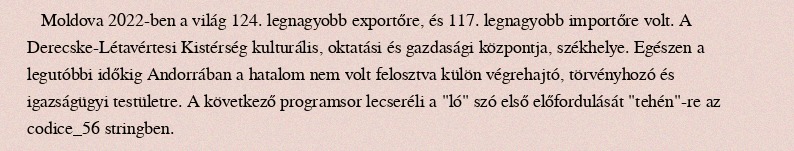
Moldova 2022-ben a világ 124. legnagyobb exportőre, és 117. legnagyobb importőre volt. A Derecske-Létavértesi Kistérség kulturális, oktatási és gazdasági központja, székhelye. Egészen a legutóbbi időkig Andorrában a hatalom nem volt felosztva külön végrehajtó, törvényhozó és igazságügyi testületre. A következő programsor lecseréli a "ló" szó első előfordulását "tehén"-re az codice_56 stringben.